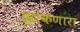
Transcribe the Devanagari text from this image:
झाकणारा